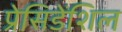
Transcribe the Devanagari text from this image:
प्रेसिडेंशिल